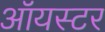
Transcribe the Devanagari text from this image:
ऑयस्टर